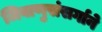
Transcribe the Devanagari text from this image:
जिवाणुसंसर्गाने